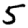
Digit: 5